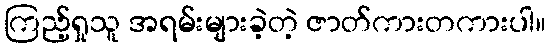
ကြည့်ရှုသူ အရမ်းများခဲ့တဲ့ ဇာတ်ကားတကားပါ။